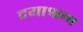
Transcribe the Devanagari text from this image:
दयाश्रम